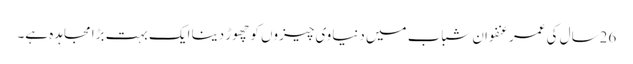
26سال کی عمر عنفوان شباب میں دنیاوی چیزوں کو چھوڑ دینا ایک بہت بڑا مجاہدہ ہے۔